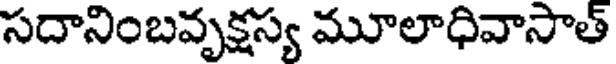
సదానింబవృక్షస్య మూలాధివాసాత్